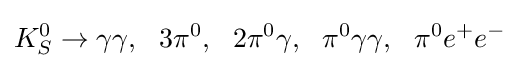
K_{S}^{0}\to \gamma \gamma ,~~3\pi ^{0},~~2\pi ^{0}\gamma ,~~\pi ^{0}\gamma \gamma ,~~\pi ^{0}e^{+}e^{-}